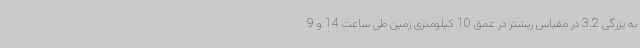
به بزرگی 3.2 در مقیاس ریشتر در عمق 10 کیلومتری زمین طی ساعت 14 و 9